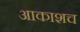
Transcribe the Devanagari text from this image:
आकाशच